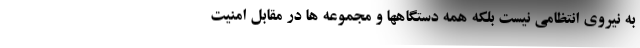
به نیروی انتظامی نیست بلکه همه دستگاهها و مجموعه ها در مقابل امنیت